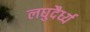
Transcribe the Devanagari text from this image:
लघुदैर्ध्य